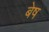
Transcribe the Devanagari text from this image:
बेष